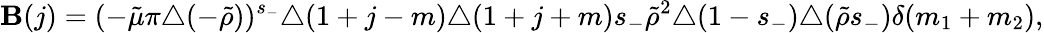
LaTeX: \mathbf{B}(j)=(-\tilde{{\mu}}\pi\triangle(-\tilde{{\rho}}))^{s_{-}}\triangle(1+j-m)\triangle(1+j+m)s_{-}\tilde{{\rho}}^{2}\triangle(1-s_{-})\triangle(\tilde{{\rho}}s_{-})\delta(m_{1}+m_{2}),